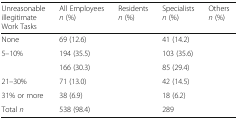
<table><thead><tr><td><b>Unreasonable illegitimateWork Tasks</b></td><td><b>All Employees<i>n</i> (%)</b></td><td><b>Residents<i>n</i> (%)</b></td><td><b>Specialists<i>n</i> (%)</b></td><td><b>Others<i>n</i> (%)</b></td></tr></thead><tbody><tr><td>None</td><td>69 (12.6)</td><td>[EMPTY_CELL]</td><td>41 (14.2)</td><td>[EMPTY_CELL]</td></tr><tr><td>5–10%</td><td>194 (35.5)</td><td>[EMPTY_CELL]</td><td>103 (35.6)</td><td>[EMPTY_CELL]</td></tr><tr><td>[EMPTY_CELL]</td><td>166 (30.3)</td><td>[EMPTY_CELL]</td><td>85 (29.4)</td><td>[EMPTY_CELL]</td></tr><tr><td>21–30%</td><td>71 (13.0)</td><td>[EMPTY_CELL]</td><td>42 (14.5)</td><td>[EMPTY_CELL]</td></tr><tr><td>31% or more</td><td>38 (6.9)</td><td>[EMPTY_CELL]</td><td>18 (6.2)</td><td>[EMPTY_CELL]</td></tr><tr><td>Total <i>n</i></td><td>538 (98.4)</td><td>[EMPTY_CELL]</td><td>289</td><td>[EMPTY_CELL]</td></tr></tbody></table>